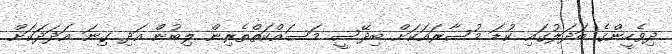
ދިވެހީންގެ ބަދަލުގައި ކުޑަ މުސާރައަކަށް ބިދޭސީ މަސައްކަތްތެރިން ލިބުން އަދި ގިނަ އަދަދަކަށް